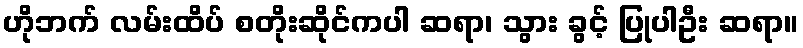
ဟိုဘက် လမ်းထိပ် စတိုးဆိုင်ကပါ ဆရာ၊ သွား ခွင့် ပြုပါဦး ဆရာ။